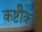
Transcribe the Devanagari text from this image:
कष्टीकरी